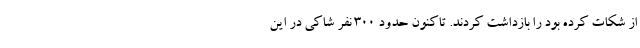
از شکات کرده بود را بازداشت کردند. تاکنون حدود ۳۰۰ نفر شاکی در این